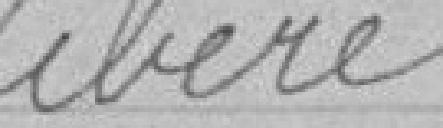
ibéré